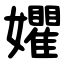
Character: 㜹